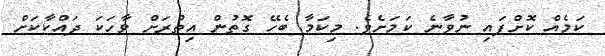
ކަމެއް ކޮށްފައި ނުވާނެ ކަމަށެވެ. މިކަމާ ބެހޭ ގޮތުން އިތުރަށް ވާހަކަ ދައްކާކަށް